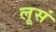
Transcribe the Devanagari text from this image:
लूसं